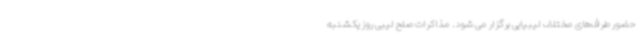
حضور طرف‌های مختلف لیبیایی برگزار می شود. مذاکرات صلح لیبی روز یکشنبه